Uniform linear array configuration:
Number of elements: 24
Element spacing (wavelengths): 0.25
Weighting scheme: kaiser
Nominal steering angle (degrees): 15
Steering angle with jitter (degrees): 14.557
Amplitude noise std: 0.05
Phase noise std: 0.05

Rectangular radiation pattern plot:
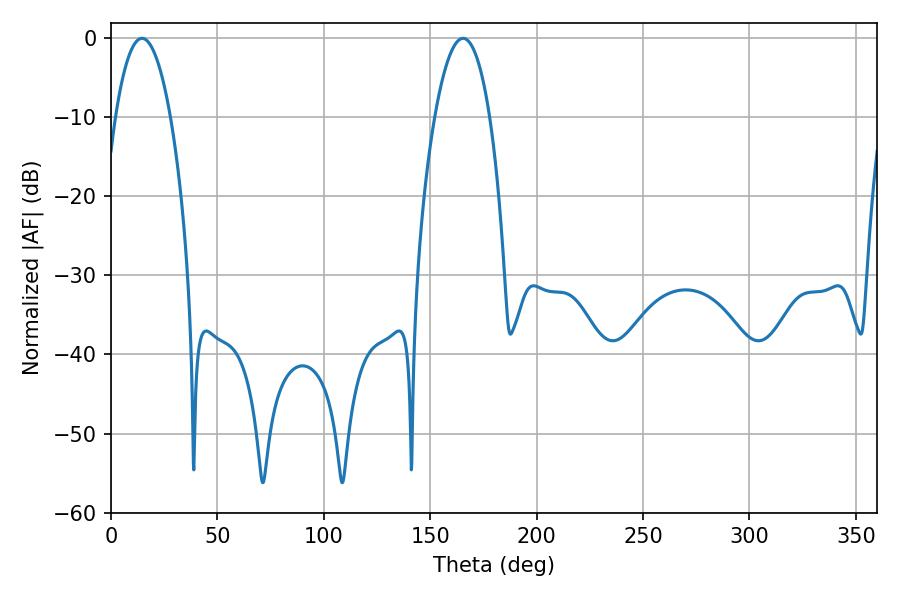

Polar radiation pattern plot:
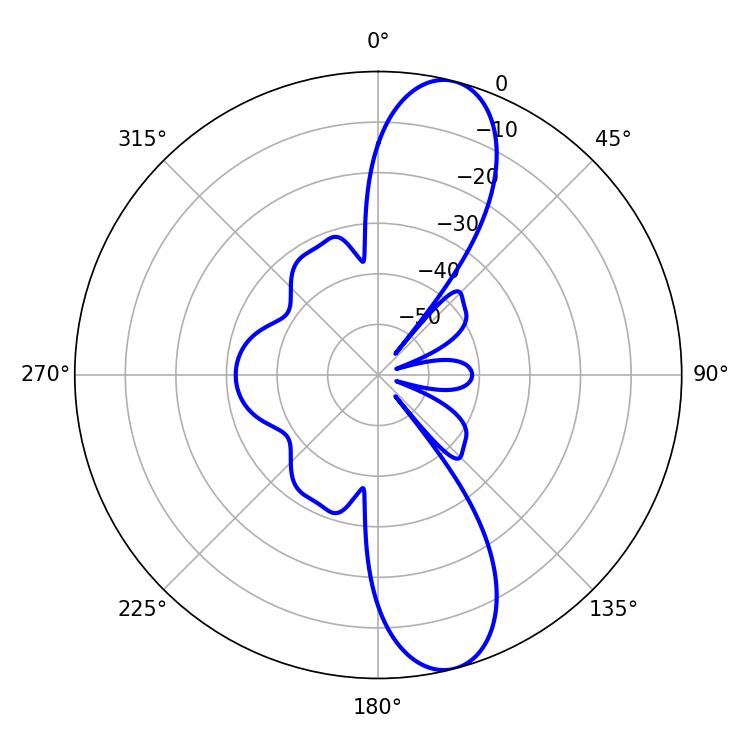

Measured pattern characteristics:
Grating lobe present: FALSE
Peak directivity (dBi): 11.702
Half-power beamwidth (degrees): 14.4
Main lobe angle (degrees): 14.58